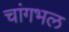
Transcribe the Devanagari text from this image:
चांगभल